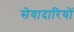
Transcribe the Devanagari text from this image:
सेवादारियों